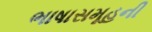
ભાષાસમૂહની